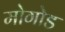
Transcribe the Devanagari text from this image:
मोगोड